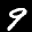
Label: 9